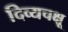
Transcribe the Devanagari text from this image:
दिव्यचक्षू